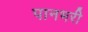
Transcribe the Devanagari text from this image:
पानभरी